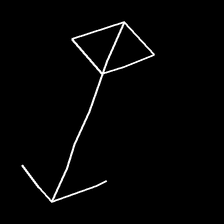
Glyph: focus